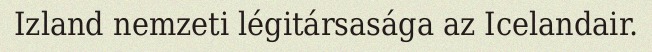
Izland nemzeti légitársasága az Icelandair.